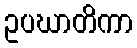
ဥပဃာတိကာ